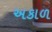
અકાળ